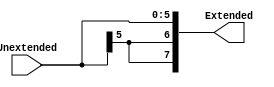
module SIGNEXT6T08(
  input [5:0] Unextended,
  output reg [7:0] Extended 
);

always@ *
  begin 
     Extended[7:0] <= { {2{Unextended[5]}}, Unextended[5:0] };
  end
endmodule